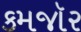
કમજૉર